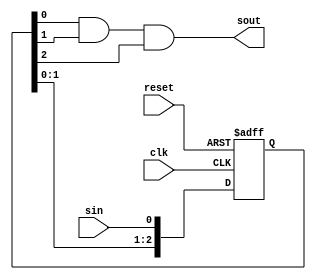
`timescale 1ns / 1ps
//////////////////////////////////////////////////////////////////////////////////
// Company: 
// Engineer: 
// 
// Design Name: 
// Module Name: switchd
// Project Name: 
// Target Devices: 
// Tool Versions: 
// Description: 
// 
// Dependencies: 
// 
// Revision:
// Revision 0.01 - File Created
// Additional Comments:
// 
//////////////////////////////////////////////////////////////////////////////////


module switchd(
input wire clk, reset,
input sin,
output sout
);

reg [2:0] contador;

always @ (posedge clk, posedge reset)
  if (reset == 1)
     contador <= 3'b000;
  else
     contador <= {contador[1:0], sin};

assign sout = contador[0] & contador[1] & contador[2];

endmodule